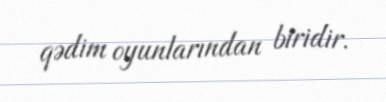
qədim oyunlarından biridir.